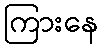
ကြားနေ